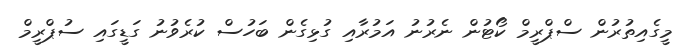
މީގެއިތުރުން ސްޕްރީމް ކޯޓުން ނެރުނު އަމުރާއި ގުޅިގެން ބަހުސް ކުރެވުނު ގަޑީގައި ސުޕްރީމް